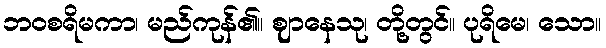
ဘဝစရိမကာ၊ မည်ကုန်၏။ ဈာနေသု၊ တို့တွင်။ ပုရိမေ၊ သော။